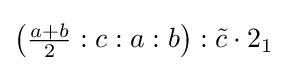
\left({\tfrac {a+b}{2}}:c:a:b\right):{\tilde {c}}\cdot 2_{1}